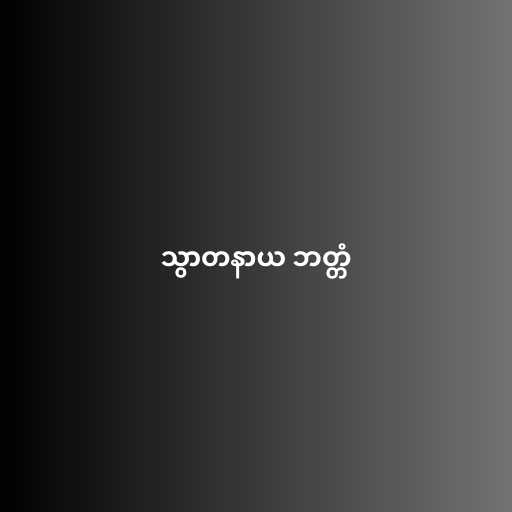
သွာတနာယ ဘတ္တံ